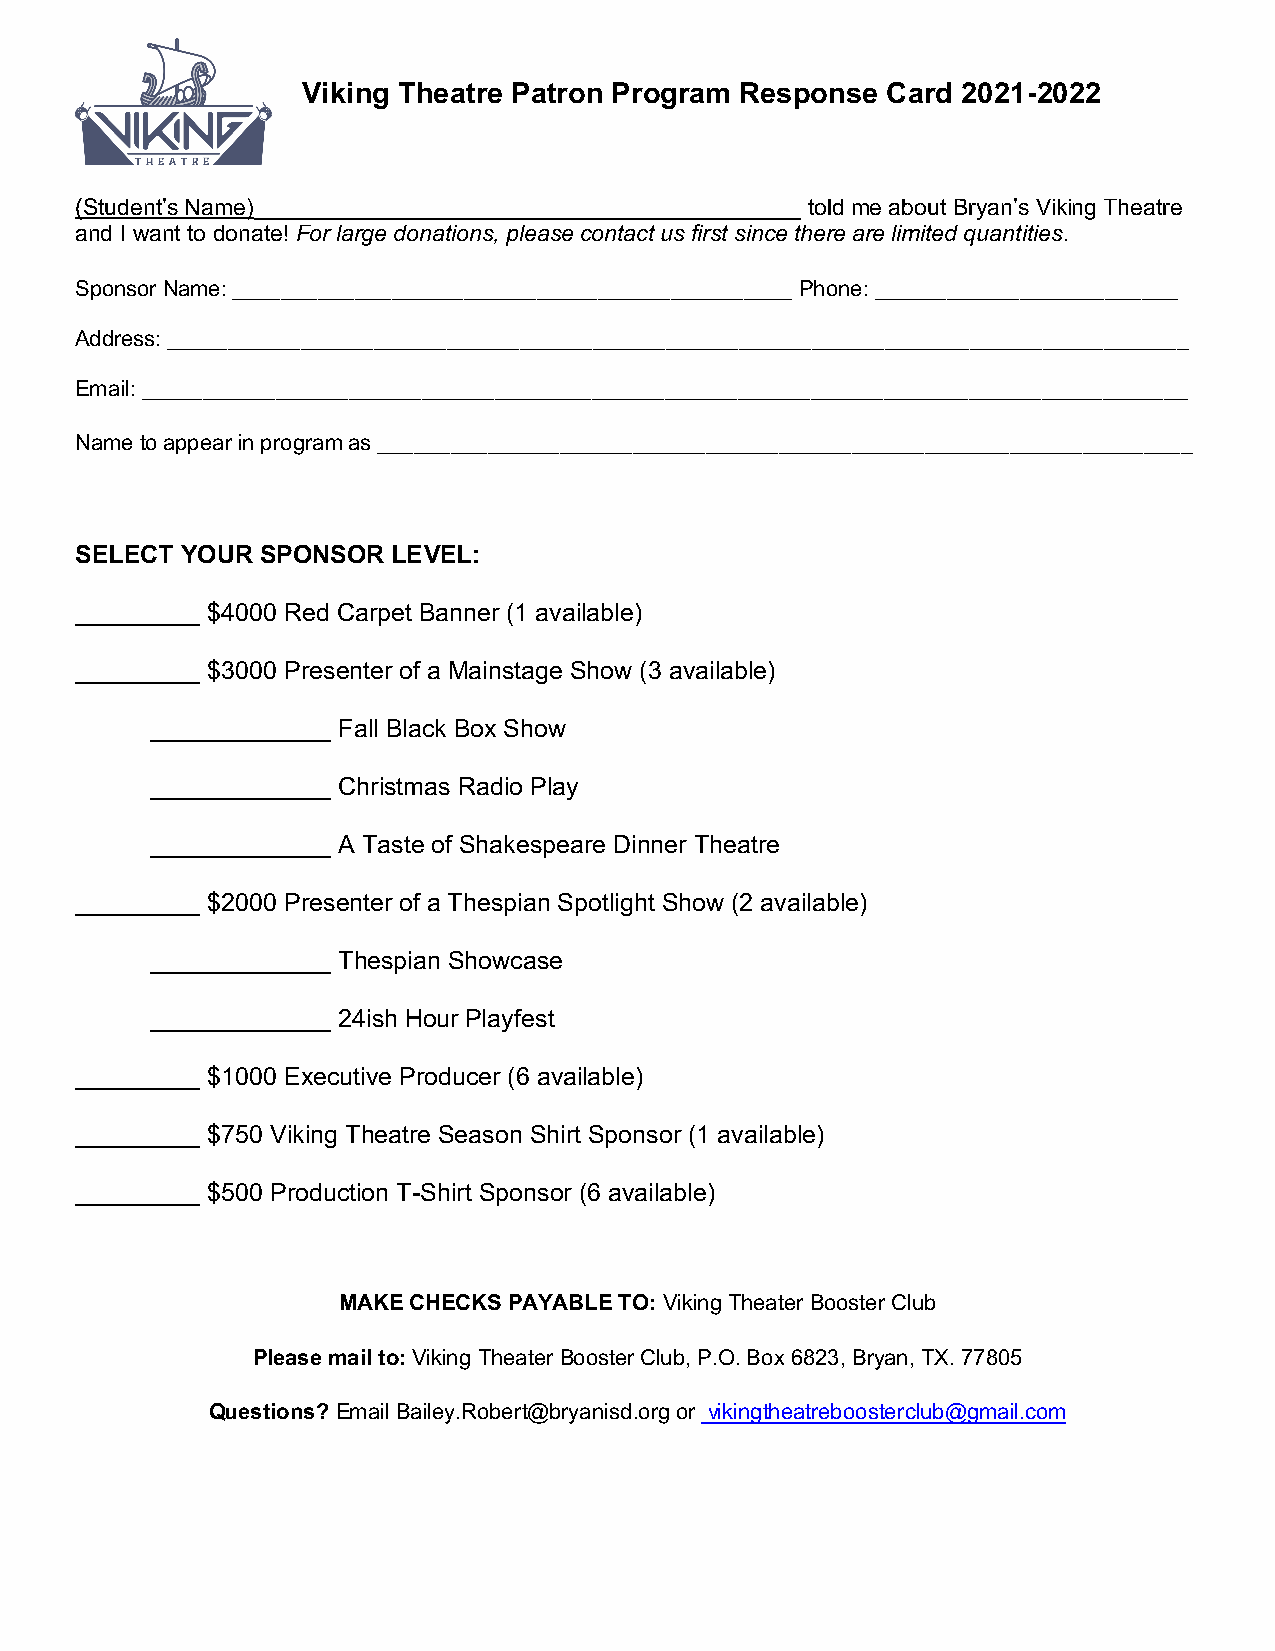
Viking Theatre Patron Program Response Card 2021-2022
 (Student’s Name)___________________________________________ told me about Bryan’s Viking Theatre
 and I want to donate! For large donations, please contact us first since there are limited quantities.
 Sponsor Name: ______________________________________________ Phone: _________________________
 Address: ____________________________________________________________________________________
 Email: ______________________________________________________________________________________
 Name to appear in program as ___________________________________________________________________
 SELECT YOUR SPONSOR  LEVEL:
 _________ $4000 Red Carpet Banner (1 available)
 _________ $3000 Presenter of a Mainstage Show (3 available)
 _____________ Fall Black Box Show
 _____________ Christmas Radio Play
 _____________ A Taste of Shakespeare Dinner Theatre
 _________ $2000 Presenter of a Thespian Spotlight Show (2 available)
 _____________ Thespian Showcase
 _____________ 24ish Hour Playfest
 _________ $1000 Executive Producer (6 available)
 _________ $750 Viking Theatre Season Shirt Sponsor (1 available)
 _________ $500 Production T-Shirt Sponsor (6 available)
 MAKE CHECKS PAYABLE TO: Viking Theater Booster Club
 Please mail to: Viking Theater Booster Club, P.O. Box 6823, Bryan, TX. 77805
 Questions? Email Bailey.Robert@bryanisd.org or vikingtheatreboosterclub@gmail.com